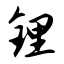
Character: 锂